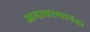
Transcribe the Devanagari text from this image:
अनावरणानंतर